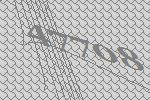
47708